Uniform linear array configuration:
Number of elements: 48
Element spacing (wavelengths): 1
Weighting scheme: cosine
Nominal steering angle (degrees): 15
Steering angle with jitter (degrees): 16.448
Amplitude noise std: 0.05
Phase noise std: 0.05

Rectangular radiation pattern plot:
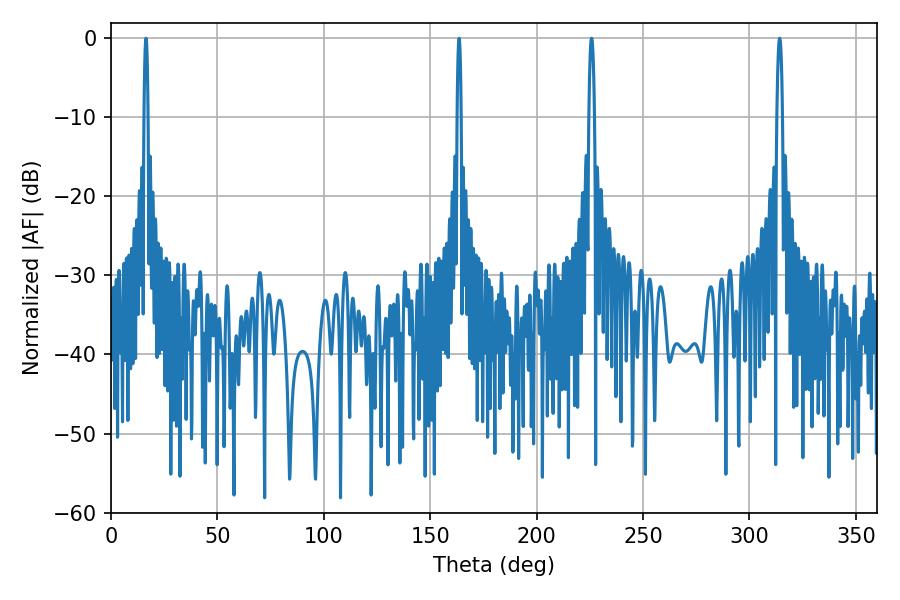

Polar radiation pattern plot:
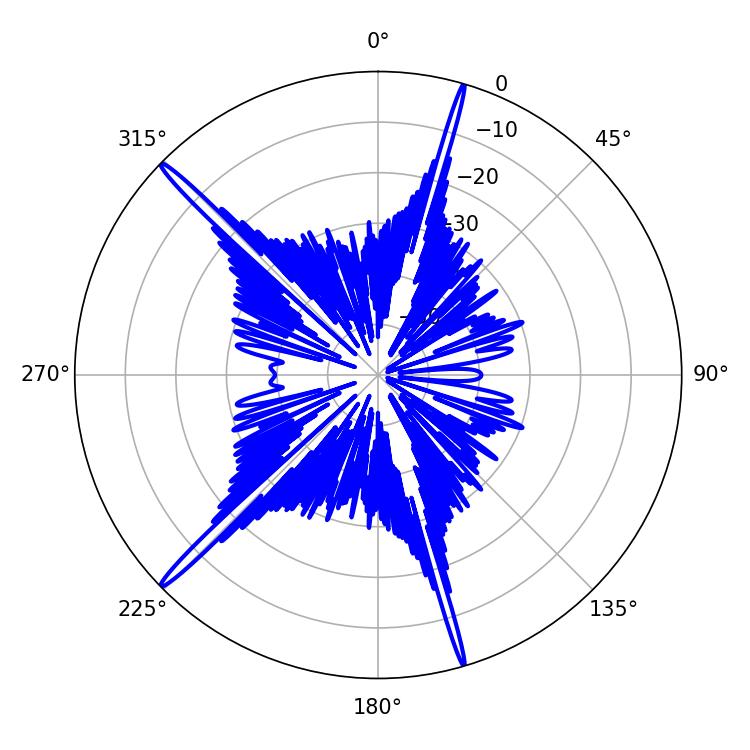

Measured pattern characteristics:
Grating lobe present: TRUE
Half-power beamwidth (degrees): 0.9
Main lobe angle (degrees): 163.62